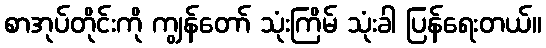
စာအုပ်တိုင်းကို ကျွန်တော် သုံးကြိမ် သုံးခါ ပြန်ရေးတယ်။